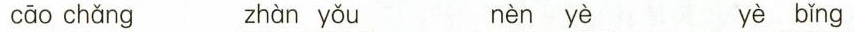
cāo chǎng zhàn yǒu nèn yè yè bǐng